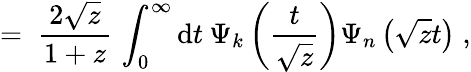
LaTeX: =\; \frac{2\sqrt{z}}{1+z}\, \int_{0}^{\infty}\mathrm{d}t\: \Psi_{k}\left(\frac{t}{\sqrt{z}}\right)\Psi_{n}\left(\sqrt{z}t\right)\; ,